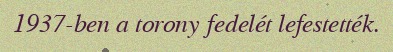
1937-ben a torony fedelét lefestették.